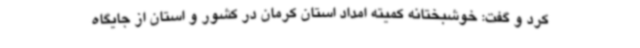
کرد و گفت: خوشبختانه کمیته امداد استان کرمان در کشور و استان از جایگاه